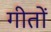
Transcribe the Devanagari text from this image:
गीतों